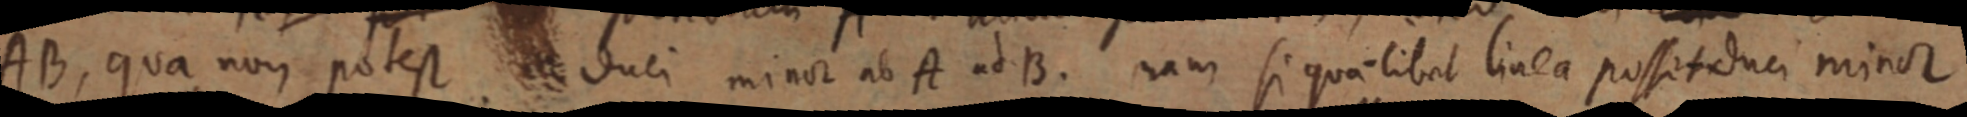
AB, qua non potest duci minor ab A ad B. nam si qualibet linea possetduci minor